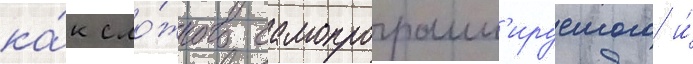
ка́к сло́жного самопрограмм'ируемого и́